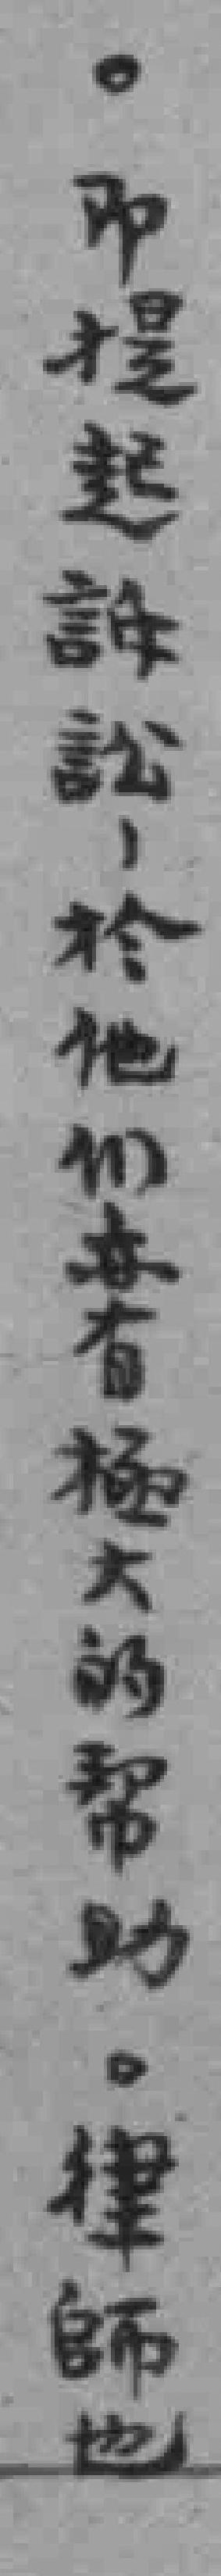
。即提起诉讼，於他们亦有極大的帮助。律师也